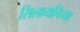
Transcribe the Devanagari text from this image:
सिलायचिया